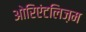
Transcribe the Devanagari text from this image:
ओरिएंटलिज़म